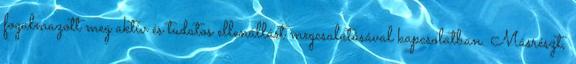
fogalmazott meg aktív és tudatos ellenállást megcsalatásával kapcsolatban. Másrészt,